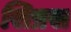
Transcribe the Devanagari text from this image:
सिप्रस